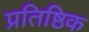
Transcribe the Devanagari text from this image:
प्रतिष्ठिक